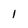
Character: l